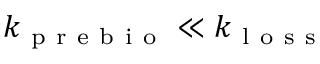
k _ { \mathrm { ~ p ~ r ~ e ~ b ~ i ~ o ~ } } \ll k _ { \mathrm { ~ l ~ o ~ s ~ s ~ } }